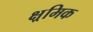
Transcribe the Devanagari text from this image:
क्ष्रमिक